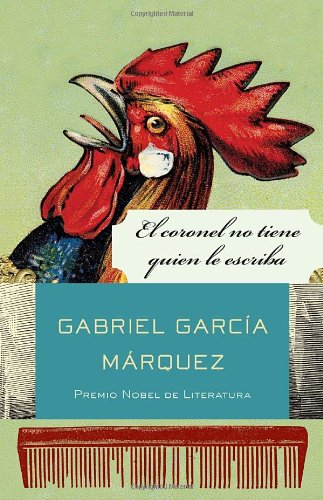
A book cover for El coronel no tiene quien le escriba (Spanish Edition); Gabriel GarcÃ­a MÃ¡rquez; Literature & Fiction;